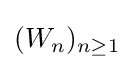
(W_{n})_{n\geq 1}